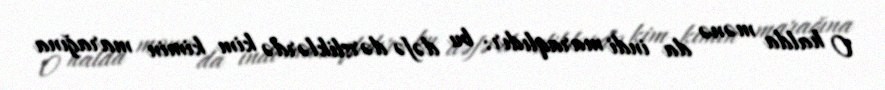
O halda mənə da indi maraqlıdır: bu dəfə dərsliklərdə kim kimin marağına